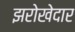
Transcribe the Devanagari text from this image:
झरोखेदार